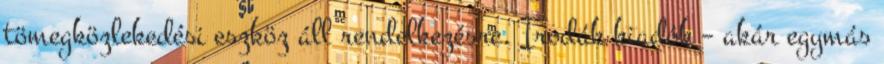
tömegközlekedési eszköz áll rendelkezésre. Irodák kiadók – akár egymás